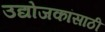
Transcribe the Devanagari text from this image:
उद्योजकांसाठी